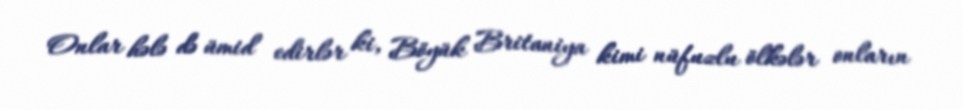
Onlar hələ də ümid edirlər ki, Böyük Britaniya kimi nüfuzlu ölkələr onların